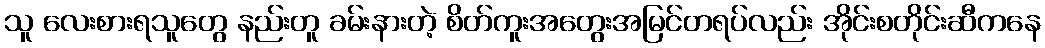
သူ လေးစားရသူတွေ နည်းတူ ခမ်းနားတဲ့ စိတ်ကူးအတွေးအမြင်တရပ်လည်း အိုင်းစတိုင်းဆီကနေ